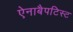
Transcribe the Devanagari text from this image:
ऐनाबैपटिस्ट